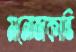
মনোজকান্তি